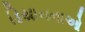
ડિયાનનાઓ